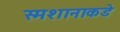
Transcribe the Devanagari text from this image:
स्मशानाकडे